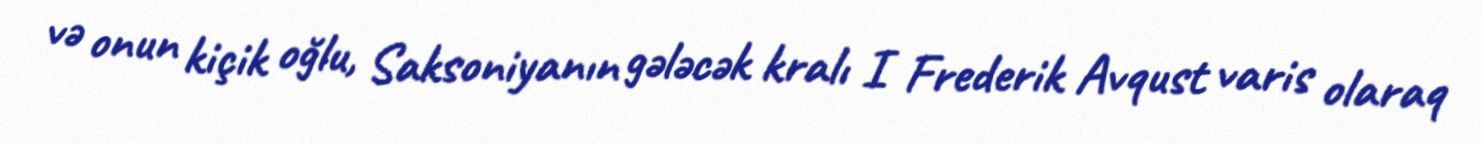
və onun kiçik oğlu, Saksoniyanın gələcək kralı I Frederik Avqust varis olaraq